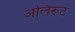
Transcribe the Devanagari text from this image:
अलिरूट